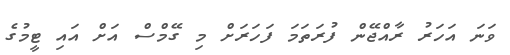
ވަަނަ އަހަރު ރާއްޖޭން ފުރަތަމަ ފަހަރަށް މި ގޭމްސް އަށް އައި ޓީމުގެ